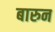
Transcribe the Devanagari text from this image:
बारुन